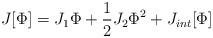
\begin{align*}J[\Phi ]=J_1\Phi +{\frac{1}{2}}J_2\Phi^2+J_{int}[\Phi ]\end{align*}